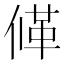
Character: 𠌙